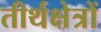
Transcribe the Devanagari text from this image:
तीर्थक्षेत्रों